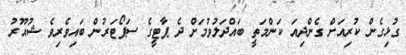
ގުޅިގެން ކުރިއަށް ގެންދިއަ ކަންމަތީ ބައްދަލުވުމަށް ދެ ޕާޓީގެ ސަޕޯޓަރުން ބައިވެރިވެ ޝުއޫރު